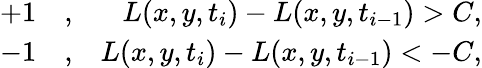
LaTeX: \begin{array}{rlr}{+1}&{{},}&{L(x,y,t_{i})-L(x,y,t_{i-1})>C,}\\ {-1}&{{},}&{L(x,y,t_{i})-L(x,y,t_{i-1})<-C,}\end{array}